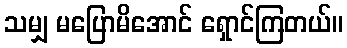
သမျှ မပြောမိအောင် ရှောင်ကြတယ်။